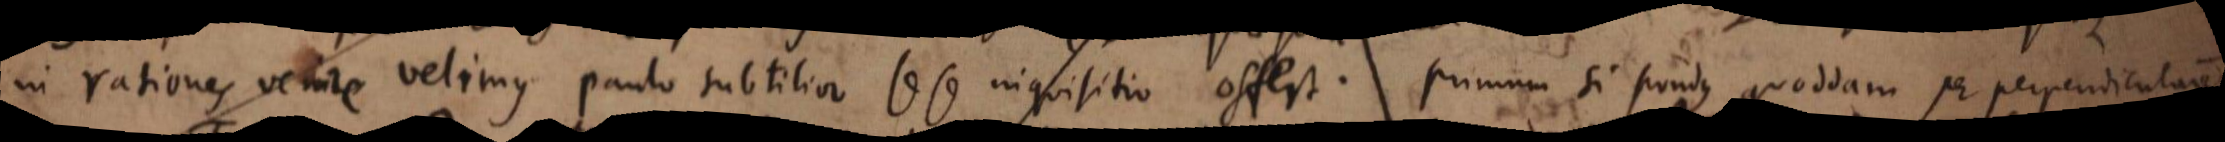
in rationes venire velimus paulo subtilior sese inquisitio offert. Primum si pondus quoddam per perpendicularem